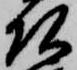
頭